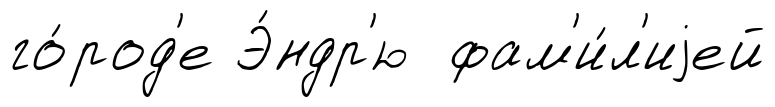
го́род'е Э́ндр'ю фам'и́л'иjей